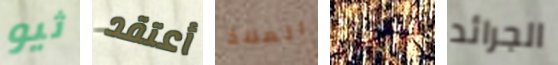
ثيو أعتقد الملاذ أجني الجرائد